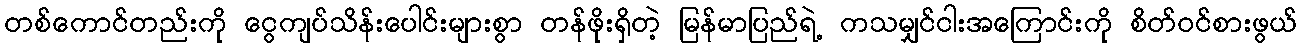
တစ်ကောင်တည်းကို ငွေကျပ်သိန်းပေါင်းများစွာ တန်ဖိုးရှိတဲ့ မြန်မာပြည်ရဲ့ ကသမျှင်ငါးအကြောင်းကို စိတ်ဝင်စားဖွယ်